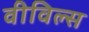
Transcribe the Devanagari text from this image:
वीविल्स